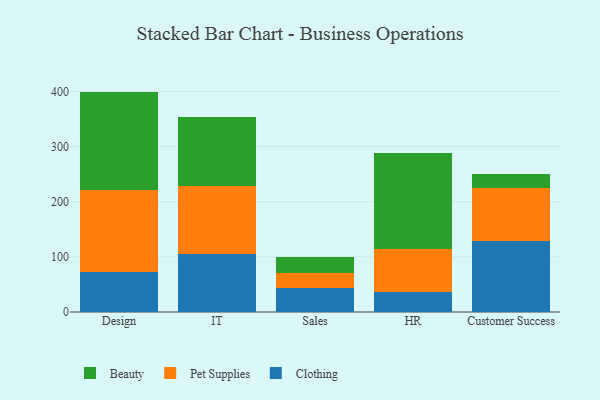
{"axis": {"x": "Department", "y": "Energy Usage (MWh)"}, "legend": ["Beauty", "Clothing", "Pet Supplies"], "data": [{"x": "Design", "y": 72.1, "type": "Clothing"}, {"x": "Design", "y": 149.3, "type": "Pet Supplies"}, {"x": "Design", "y": 178.4, "type": "Beauty"}, {"x": "IT", "y": 104.5, "type": "Clothing"}, {"x": "IT", "y": 124.3, "type": "Pet Supplies"}, {"x": "IT", "y": 124.6, "type": "Beauty"}, {"x": "Sales", "y": 43.2, "type": "Clothing"}, {"x": "Sales", "y": 27.1, "type": "Pet Supplies"}, {"x": "Sales", "y": 29.4, "type": "Beauty"}, {"x": "HR", "y": 36.7, "type": "Clothing"}, {"x": "HR", "y": 77.0, "type": "Pet Supplies"}, {"x": "HR", "y": 174.4, "type": "Beauty"}, {"x": "Customer Success", "y": 128.8, "type": "Clothing"}, {"x": "Customer Success", "y": 96.7, "type": "Pet Supplies"}, {"x": "Customer Success", "y": 24.3, "type": "Beauty"}]}